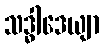
သဒ္ဓါဒေယျာ